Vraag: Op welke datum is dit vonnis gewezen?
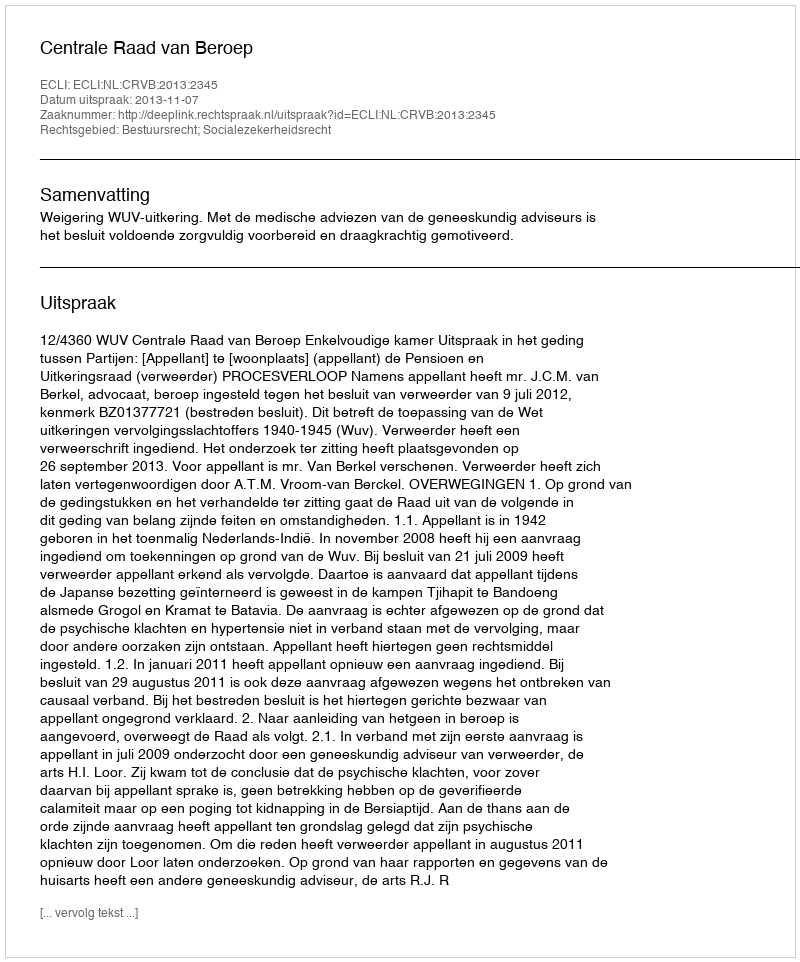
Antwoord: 2013-11-07